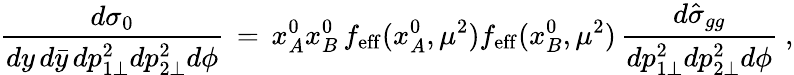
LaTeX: {\frac{d\sigma_{0}}{dy\, d{\bar{y}}\, dp_{1\perp}^{2}dp_{2\perp}^{2}d\phi}}\, =\, x_{A}^{0}x_{B}^{0}\, f_{\mathrm{eff}}(x_{A}^{0},\mu^{2})f_{\mathrm{eff}}(x_{B}^{0},\mu^{2})\, {\frac{d\hat{\sigma}_{gg}}{dp_{1\perp}^{2}dp_{2\perp}^{2}d\phi}}\ ,